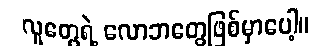
လူတွေရဲ့ လောဘတွေဖြစ်မှာပေါ့။